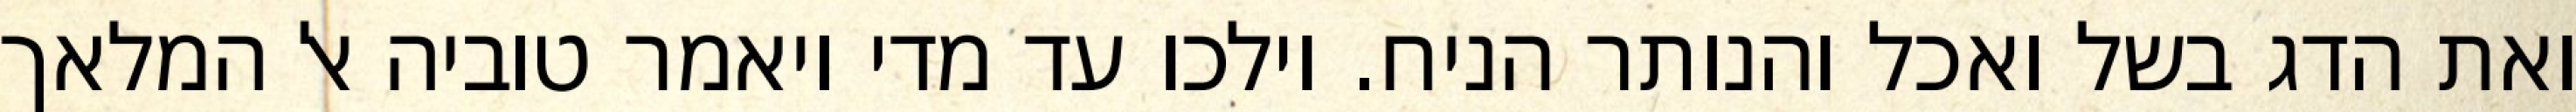
ואת הדג בשל ואכל והנותר הניח. וילכו עד מדי ויאמר טוביה אל המלאך